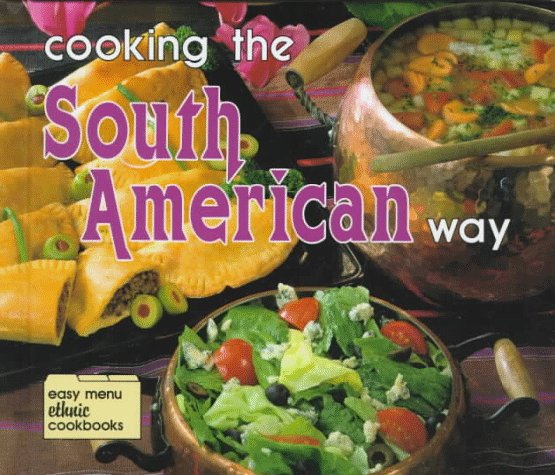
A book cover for Cooking the South American Way (Easy Menu Ethnic Cookbooks); Helga Parnell; Teen & Young Adult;